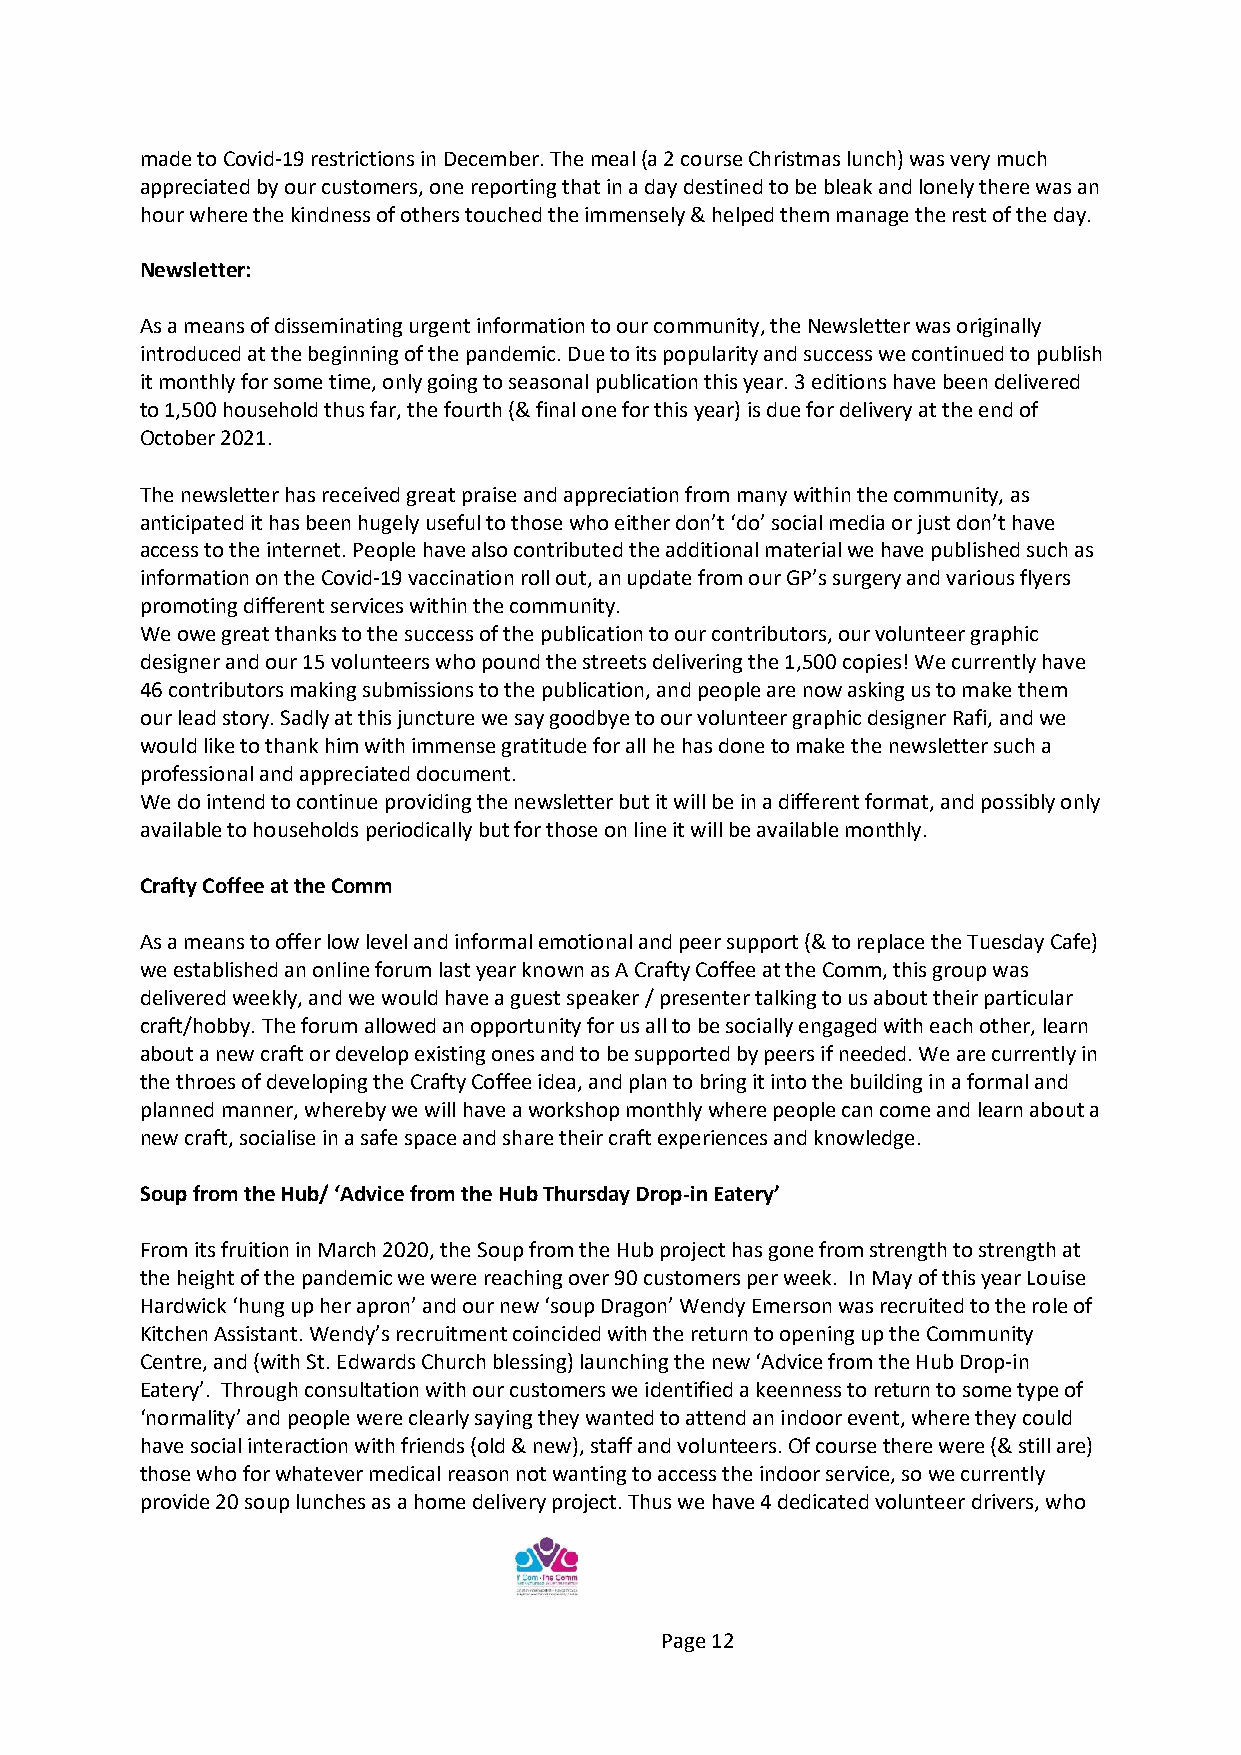
made to Covid-19 restrictions in December. The meal (a 2 course Christmas lunch) was very much
 appreciated by our customers, one reporting that in a day destined to be bleak and lonely there was an
 hour where the kindness of others touched the immensely & helped them manage the rest of the day.
 Newsletter:
 As a means of disseminating urgent information to our community, the Newsletter was originally
 introduced at the beginning of the pandemic. Due to its popularity and success we continued to publish
 it monthly for some time, only going to seasonal publication this year. 3 editions have been delivered
 to 1,500 household thus far, the fourth (& final one for this year) is due for delivery at the end of
 October 2021.
 The newsletter has received great praise and appreciation from many within the community, as
 anticipated it has been hugely useful to those who either don’t ‘do’ social media or just don’t have
 access to the internet. People have also contributed the additional material we have published such as
 information on the Covid-19 vaccination roll out, an update from our GP’s surgery and various flyers
 promoting different services within the community.
 We owe great thanks to the success of the publication to our contributors, our volunteer graphic
 designer and our 15 volunteers who pound the streets delivering the 1,500 copies! We currently have
 46 contributors making submissions to the publication, and people are now asking us to make them
 our lead story. Sadly at this juncture we say goodbye to our volunteer graphic designer Rafi, and we
 would like to thank him with immense gratitude for all he has done to make the newsletter such a
 professional and appreciated document.
 We do intend to continue providing the newsletter but it will be in a different format, and possibly only
 available to households periodically but for those on line it will be available monthly.
 Crafty Coffee at the Comm
 As a means to offer low level and informal emotional and peer support (& to replace the Tuesday Cafe)
 we established an online forum last year known as A Crafty Coffee at the Comm, this group was
 delivered weekly, and we would have a guest speaker / presenter talking to us about their particular
 craft/hobby. The forum allowed an opportunity for us all to be socially engaged with each other, learn
 about a new craft or develop existing ones and to be supported by peers if needed. We are currently in
 the throes of developing the Crafty Coffee idea, and plan to bring it into the building in a formal and
 planned manner, whereby we will have a workshop monthly where people can come and learn about a
 new craft, socialise in a safe space and share their craft experiences and knowledge.
 Soup from the Hub/ ‘Advice from the Hub Thursday Drop-in Eatery’
 From its fruition in March 2020, the Soup from the Hub project has gone from strength to strength at
 the height of the pandemic we were reaching over 90 customers per week. In May of this year Louise
 Hardwick ‘hung up her apron’ and our new ‘soup Dragon’ Wendy Emerson was recruited to the role of
 Kitchen Assistant. Wendy’s recruitment coincided with the return to opening up the Community
 Centre, and (with St. Edwards Church blessing) launching the new ‘Advice from the Hub Drop-in
 Eatery’. Through consultation with our customers we identified a keenness to return to some type of
 ‘normality’ and people were clearly saying they wanted to attend an indoor event, where they could
 have social interaction with friends (old & new), staff and volunteers. Of course there were (& still are)
 those who for whatever medical reason not wanting to access the indoor service, so we currently
 provide 20 soup lunches as a home delivery project. Thus we have 4 dedicated volunteer drivers, who
 Page 12